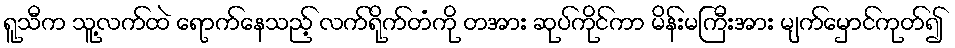
ရူသီက သူ့လက်ထဲ ရောက်နေသည့် လက်ရိုက်တံကို တအား ဆုပ်ကိုင်ကာ မိန်းမကြီးအား မျက်မှောင်ကုတ်၍